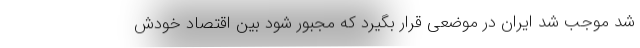
شد موجب شد ایران در موضعی قرار بگیرد که مجبور شود بین اقتصاد خودش